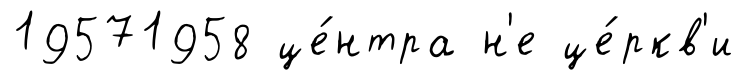
19571958 це́нтра н'е це́ркв'и